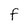
Character: F